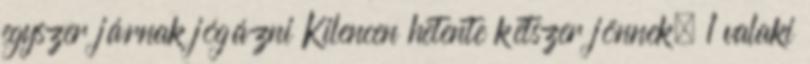
egyszer járnak jógázni Kilencen hetente kétszer jönnek, 1 valaki